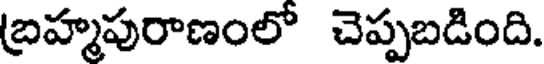
బ్రహ్మపురాణంలో చెప్పబడింది.